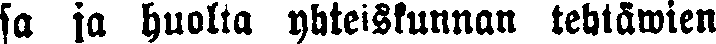
sa ja huolla yhteiskunnan tehtäwien